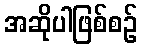
အဆိုပါဖြစ်စဉ်